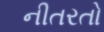
નીતરતો